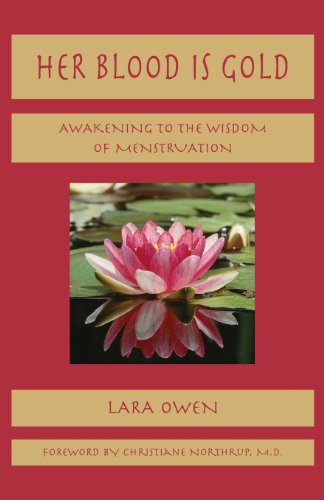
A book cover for Her Blood Is Gold: Awakening to the Wisdom of Menstruation; Lara Owen; Politics & Social Sciences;